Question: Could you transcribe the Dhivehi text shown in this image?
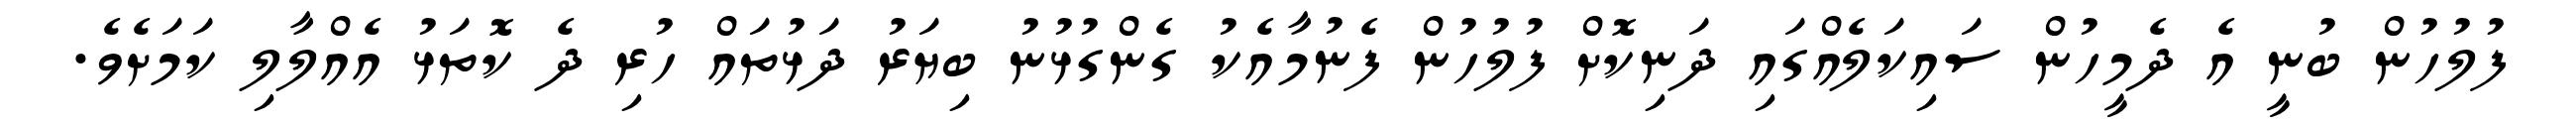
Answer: ފުލުހުން ބުނީ އެ ދެމީހުން ސައިކަލެއްގައި ދަނިކޮށް ފުލުހުން ފެނުމާއެކު ގެންގުޅުނު ބިޔަރު ދަޅުތައް ހުރި ދެ ކޮތަޅު އެއްލާލި ކަމަށެވެ.